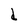
Character: d